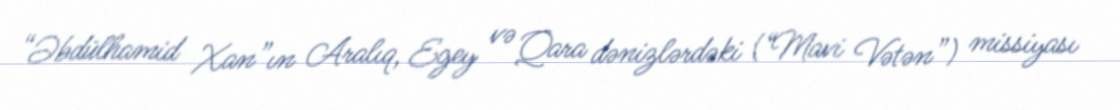
“Əbdülhamid Xan”ın Aralıq, Egey və Qara dənizlərdəki (“Mavi Vətən”) missiyası